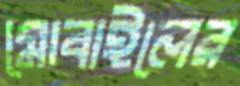
মোবাইলের